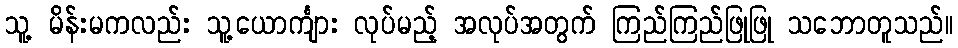
သူ့ မိန်းမကလည်း သူ့ယောင်္ကျား လုပ်မည့် အလုပ်အတွက် ကြည်ကြည်ဖြုဖြု သဘောတူသည်။